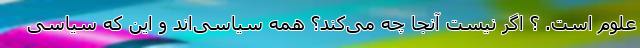
علوم است. ؟ اگر نیست آنجا چه می‌کند؟ همه سیاسی‌اند و این که سیاسی